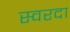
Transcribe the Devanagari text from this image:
स्वरदा